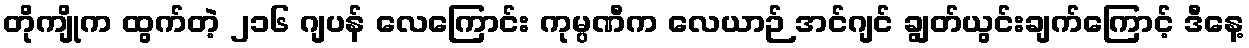
တိုကျိုက ထွက်တဲ့ ၂၁၆ ဂျပန် လေကြောင်း ကုမ္ပဏီက လေယာဉ် အင်ဂျင် ချွတ်ယွင်းချက်ကြောင့် ဒီနေ့